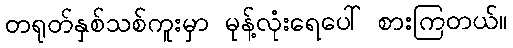
တရုတ်နှစ်သစ်ကူးမှာ မုန့်လုံးရေပေါ် စားကြတယ်။